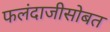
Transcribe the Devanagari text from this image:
फलंदाजीसोबत